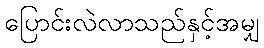
ပြောင်းလဲလာသည်နှင့်အမျှ